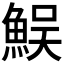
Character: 𩶭